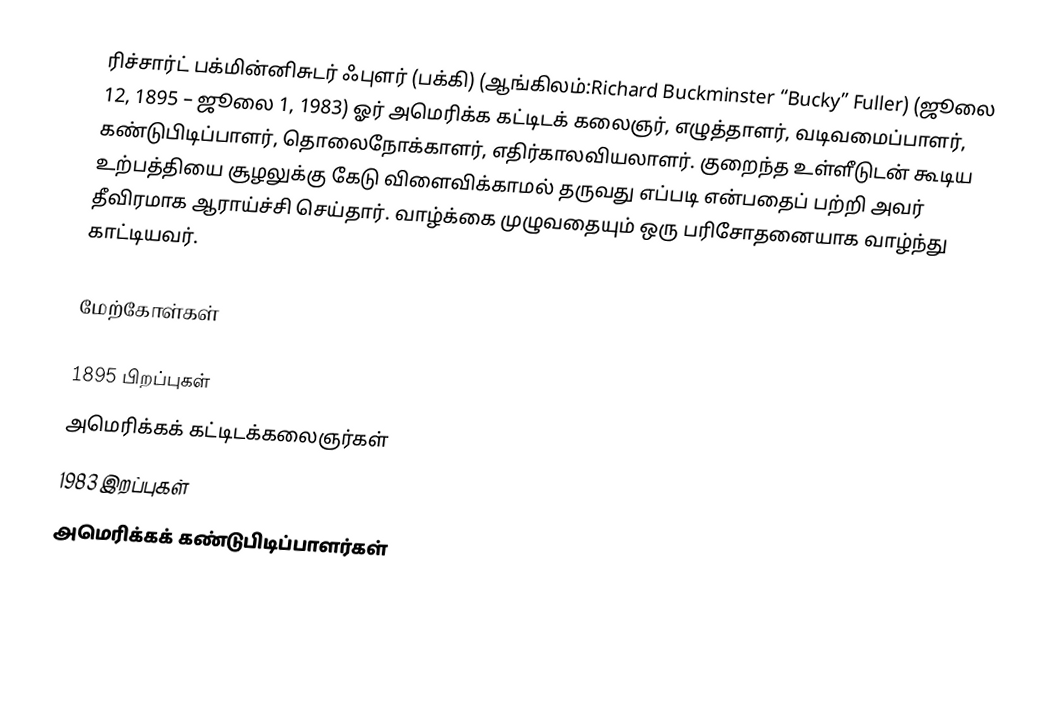
ரிச்சார்ட் பக்மின்னிசுடர் ஃபுளர் (பக்கி) (ஆங்கிலம்:Richard Buckminster “Bucky” Fuller) (ஜூலை 12, 1895 – ஜூலை 1, 1983) ஓர் அமெரிக்க கட்டிடக் கலைஞர், எழுத்தாளர், வடிவமைப்பாளர், கண்டுபிடிப்பாளர், தொலைநோக்காளர், எதிர்காலவியலாளர். குறைந்த உள்ளீடுடன் கூடிய உற்பத்தியை சூழலுக்கு கேடு விளைவிக்காமல் தருவது எப்படி என்பதைப் பற்றி அவர் தீவிரமாக ஆராய்ச்சி செய்தார்.  வாழ்க்கை முழுவதையும் ஒரு பரிசோதனையாக வாழ்ந்து காட்டியவர்.

மேற்கோள்கள்

1895 பிறப்புகள்
அமெரிக்கக் கட்டிடக்கலைஞர்கள்
1983 இறப்புகள்
அமெரிக்கக் கண்டுபிடிப்பாளர்கள்